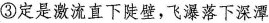
③定是激流直下陡壁，飞瀑落下深潭